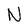
Character: N